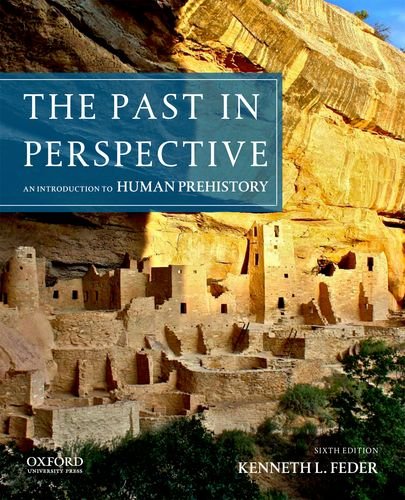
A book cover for The Past in Perspective: An Introduction to Human Prehistory; Kenneth L. Feder; Science & Math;